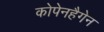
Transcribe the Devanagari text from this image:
कोपेनहैगेन